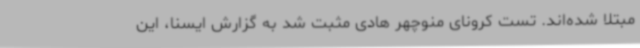
مبتلا شده‌اند. تست کرونای منوچهر هادی مثبت شد به گزارش ایسنا، این